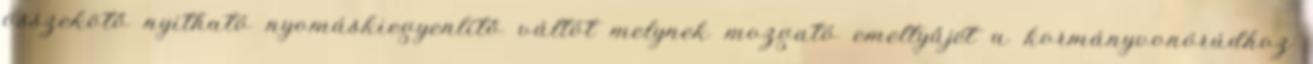
összekötő nyitható nyomáskiegyenlítő váltót melynek mozgató emeltyűjét a kormányvonórúdhoz